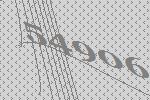
54906